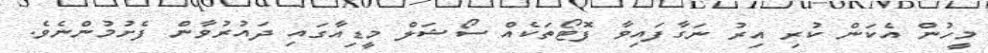
މީހުން އެކަން ކުރި އިރު ނަގާފައިވާ ފޮޓޯތަކެއް ސޯޝަލް މީޑިއާގައި ދައުރުވާން ފެށުމުންނެވެ.